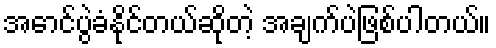
အောင်ပွဲခံနိုင်တယ်ဆိုတဲ့ အချက်ပဲဖြစ်ပါတယ်။